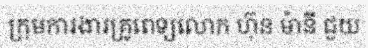
ក្រុមការងារគ្រូពេទ្យលោក ហ៊ុន ម៉ានី ជួយ